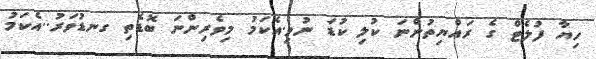
ހިޔާ ފުލެޓް ގެ ރައްޔިތުންނަ ކުލި ކުޑަ ނުވި.އެކަމު މިވެރިންނަ ބޮޑެތި ގނޑުވަރު..އެކަމު